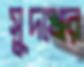
সুদখোর